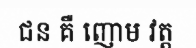
ជន គឺ ញោម វត្ត